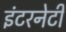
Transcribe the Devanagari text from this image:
इंटरनेटी